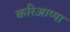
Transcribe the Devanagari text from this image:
करिआप्पा